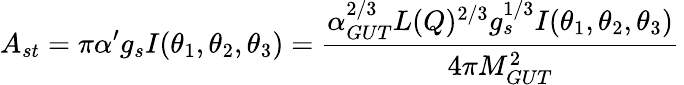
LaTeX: A_{st}=\pi\alpha^{\prime}g_{s}I(\theta_{1},\theta_{2},\theta_{3})={\frac{\alpha_{GUT}^{2/3}L(Q)^{2/3}g_{s}^{1/3}I(\theta_{1},\theta_{2},\theta_{3})}{4\pi M_{GUT}^{2}}}\,